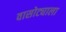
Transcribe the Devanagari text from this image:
वासोट्याला